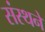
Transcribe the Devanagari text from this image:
संस्थने